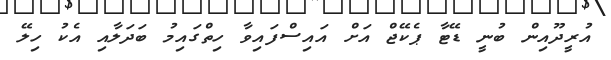
އުރީދޫއިން ބުނީ ޑޭޓާ ޕެކޭޖް އަށް އައިސްފައިވާ ހިތްގައިމު ބަދަލާއި އެކު ހިލޭ